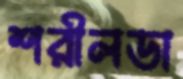
শরীলডা